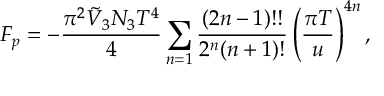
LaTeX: F _ { p } = - \frac { \pi ^ { 2 } \tilde { V } _ { 3 } N _ { 3 } T ^ { 4 } } { 4 } \sum _ { n = 1 } \frac { ( 2 n - 1 ) ! ! } { 2 ^ { n } ( n + 1 ) ! } \left( \frac { \pi T } { u } \right) ^ { 4 n } ,